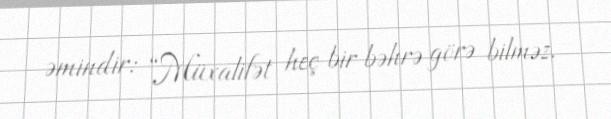
əmindir: “Müxalifət heç bir bəhrə görə bilməz.